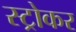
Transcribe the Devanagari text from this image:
स्ट्रोकर